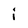
Character: i